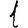
Digit: 1